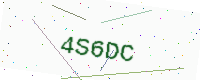
Text: 4S6DC